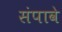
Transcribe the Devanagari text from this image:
संपावे